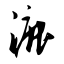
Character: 漉